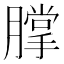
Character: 𰯗